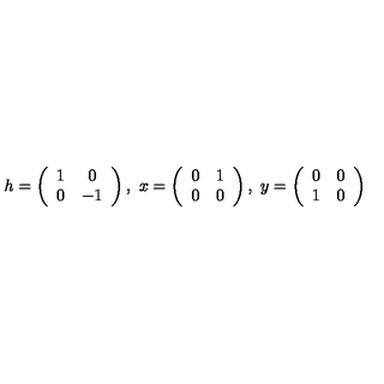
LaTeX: h = \left( \begin{array} { c c } { 1 } & { 0 } \\ { 0 } & { - 1 } \\ \end{array} \right) , \ x = \left( \begin{array} { c c } { 0 } & { 1 } \\ { 0 } & { 0 } \\ \end{array} \right) , \ y = \left( \begin{array} { c c } { 0 } & { 0 } \\ { 1 } & { 0 } \\ \end{array} \right)